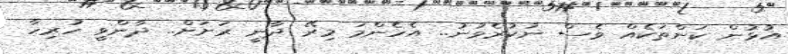
އުޅުން ކަންތަކެއް ވެސް ނުކުރެވުނު.. އެހެންމަ މިރޭ ދާނީ ރަށަށް.. ދާންވީ ހުރިހާ